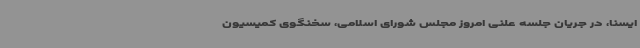
ایسنا، در جریان جلسه علنی امروز مجلس شورای اسلامی، سخنگوی کمیسیون